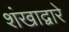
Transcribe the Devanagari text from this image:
शंखाद्वारे